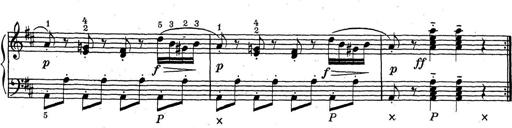
Title: ÄŒeskÃ© Sonatiny
Composer: Various